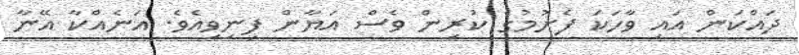
ދައްކަން އައި ވާހަކަ ފެށުމުގެ ކުރިން ވެސް އަޔާން ފިނިވިއެވެ. އަނެއްކާ އޭނާ